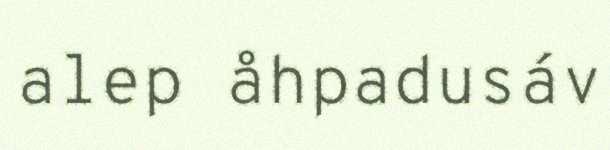
alep åhpadusáv